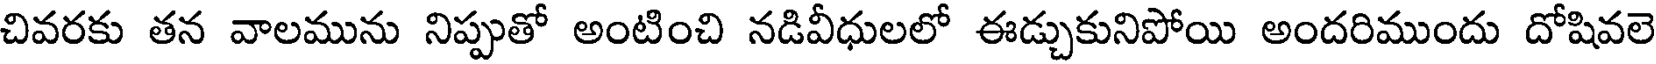
చివరకు తన వాలమును నిప్పుతో అంటించి నడివీధులలో ఈడ్చుకునిపోయి అందరిముందు దోషివలె